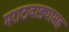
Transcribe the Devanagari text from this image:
मराठवाड्यासह